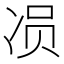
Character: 𱐄